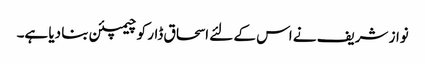
نواز شریف نے اس کے لئے اسحاق ڈار کو چیمپئن بنا دیا ہے۔